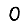
Digit: 0